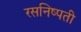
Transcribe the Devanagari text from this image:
रसनिष्पती